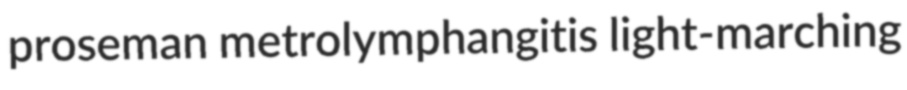
proseman metrolymphangitis light-marching